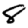
Digit: 8